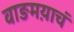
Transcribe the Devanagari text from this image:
वाङमय़ाचं